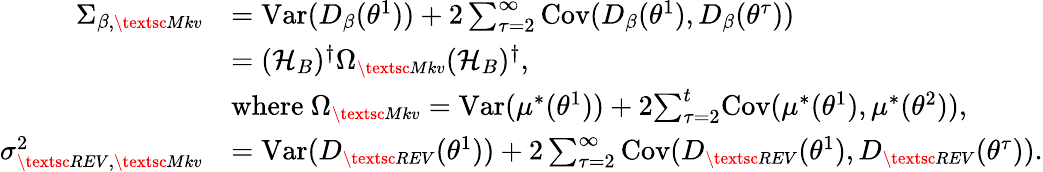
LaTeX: \begin{array}{rl}{\Sigma_{\beta,{\small\textsc{{Mkv}}}}}&{={\operatorname{Var}}(D_{\beta}(\theta^{1}))+2\sum_{\tau=2}^{\infty}{\operatorname{Cov}}(D_{\beta}(\theta^{1}),D_{\beta}(\theta^{\tau}))}\\ &{=({\mathcal{H}}_{B})^{\dagger}\Omega_{{\small\textsc{{Mkv}}}}({\mathcal{H}}_{B})^{\dagger},}\\ &{\mathrm{where~}\Omega_{{\small\textsc{{Mkv}}}}={\operatorname{Var}}({\mu^{*}}(\theta^{1}))+2{\sum_{\tau=2}^{t}}{\operatorname{Cov}}({\mu^{*}}({\theta^{1}}),{\mu^{*}}({\theta^{2}})),}\\ {\sigma_{{\small\textsc{{REV}}},{\small\textsc{{Mkv}}}}^{2}}&{={\operatorname{Var}}(D_{\small\textsc{{REV}}}(\theta^{1}))+2\sum_{\tau=2}^{\infty}{\operatorname{Cov}}(D_{\small\textsc{{REV}}}(\theta^{1}),D_{\small\textsc{{REV}}}(\theta^{\tau})).}\end{array}